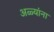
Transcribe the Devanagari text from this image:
अळ्यांना